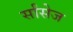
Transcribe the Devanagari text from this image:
र्सांसेज